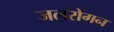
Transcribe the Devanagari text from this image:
जलरोगन